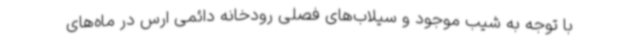
با توجه به شیب موجود و سیلاب‌های فصلی رودخانه دائمی ارس در ماه‌های